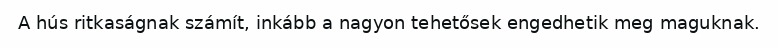
A hús ritkaságnak számít, inkább a nagyon tehetősek engedhetik meg maguknak.